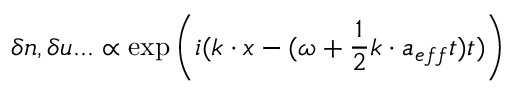
\delta n , \delta u . . . \propto \exp { \left( i ( k \cdot x - ( \omega + \frac 1 2 k \cdot a _ { e f f } t ) t ) \right) }